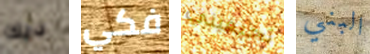
ديك فكي تخيفيني البني